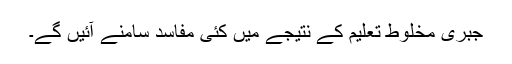
جبری مخلوط تعلیم کے نتیجے میں کئی مفاسد سامنے آئیں گے۔